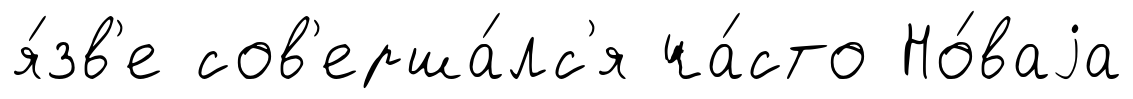
я́зв'е сов'ерша́лс'я ча́сто Но́ваjа